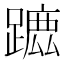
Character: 𨄭